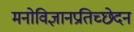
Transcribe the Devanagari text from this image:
मनोविज्ञानप्रतिच्छेदन